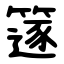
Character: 篴